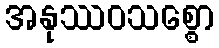
အနုဿဝသစ္စော